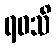
ရဝသိ